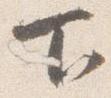
下